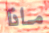
ماذا